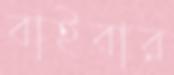
বাইবার